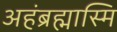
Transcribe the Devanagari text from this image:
अहंब्रह्मास्मि